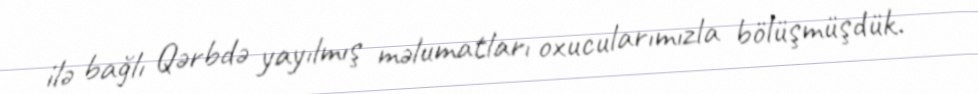
ilə bağlı Qərbdə yayılmış məlumatları oxucularımızla bölüşmüşdük.